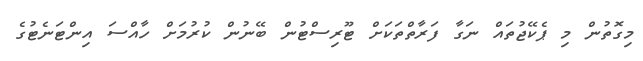
މިގޮތުން މި ޕެކޭޖުތައް ނަގާ ފަރާތްތަކަށް ޓޫރިސްޓުން ބޭނުން ކުރުމަށް ހާއްސަ އިންޓަނެޓުގެ